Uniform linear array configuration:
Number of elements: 12
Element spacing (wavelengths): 0.75
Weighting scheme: cosine
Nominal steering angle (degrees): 30
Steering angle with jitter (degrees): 29.122
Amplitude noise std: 0.05
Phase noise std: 0.05

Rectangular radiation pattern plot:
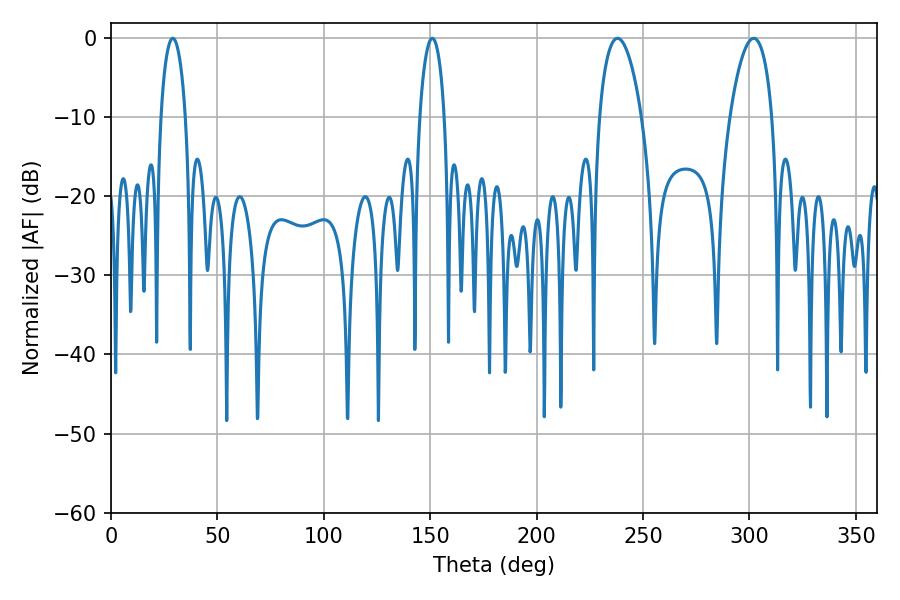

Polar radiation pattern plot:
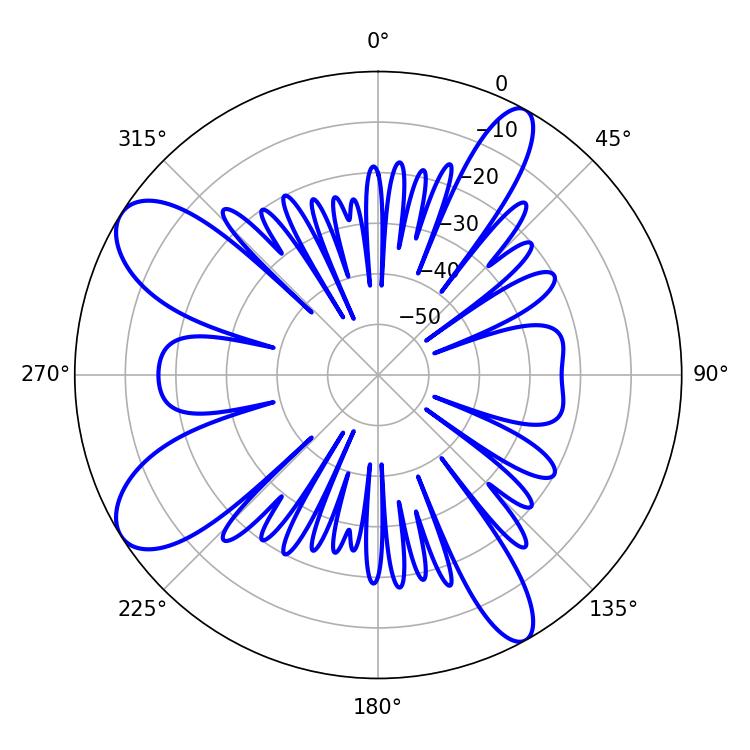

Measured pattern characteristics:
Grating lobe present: TRUE
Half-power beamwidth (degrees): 11.16
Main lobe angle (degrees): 237.96